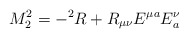
\begin{align*}M^{2}_{2} = - {}^{2}R + R_{\mu\nu}E^{\mu a}E^{\nu}_{a}\end{align*}